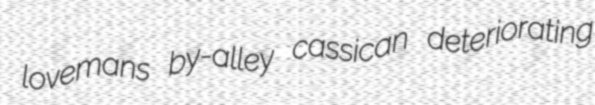
lovemans by-alley cassican deteriorating